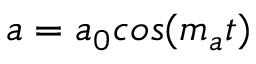
a = a _ { 0 } c o s ( m _ { a } t )